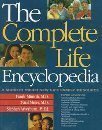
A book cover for The Complete Life Encyclopedia: A Minirth Meier New Life Family Resource; Frank Minirth; Religion & Spirituality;